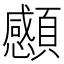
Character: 䫲